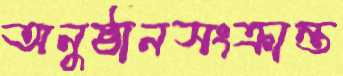
অনুষ্ঠানসংক্রান্ত